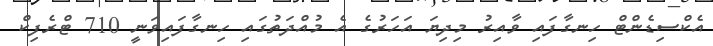
އެކްސިޑެންޓް ހިނގާފައި ވާއިރު މިދިޔަ އަހަރުގެ އެ މުއްދަތުގައި ހިނގާފައިވަނީ 710 ޓްރެފިކް